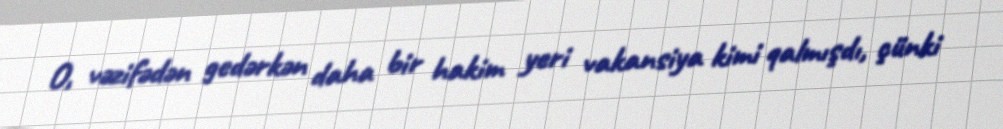
O, vəzifədən gedərkən daha bir hakim yeri vakansiya kimi qalmışdı, çünki